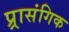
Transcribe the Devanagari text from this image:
प्र्रासंगिक